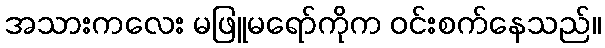
အသားကလေး မဖြူမရော်ကိုက ဝင်းစက်နေသည်။